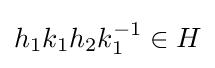
h_{1}k_{1}h_{2}k_{1}^{-1}\in H